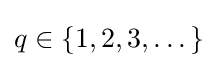
q\in \left\{1,2,3,\dots \right\}